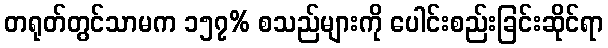
တရုတ်တွင်သာမက ၁၅၇% စသည်များကို ပေါင်းစည်းခြင်းဆိုင်ရာ